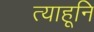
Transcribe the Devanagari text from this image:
त्याहूनि